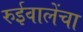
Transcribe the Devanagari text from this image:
रुईवालेंचा